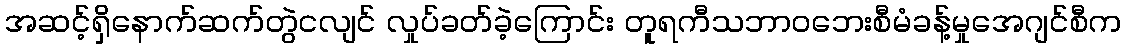
အဆင့်ရှိနောက်ဆက်တွဲငလျင် လှုပ်ခတ်ခဲ့ကြောင်း တူရကီသဘာဝဘေးစီမံခန့်မှုအေဂျင်စီက